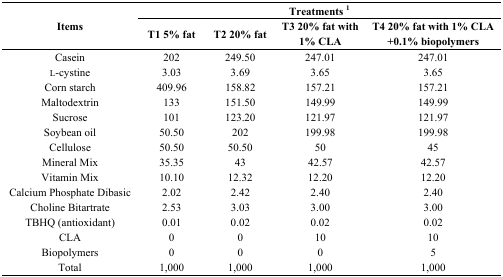
<table><thead><tr><td rowspan="3"><b>Items</b></td><td colspan="4"><b>Treatments 1</b></td></tr><tr><td><b>T1 5% fat</b></td><td><b>T2 20% fat</b></td><td><b>T3 20% fat with 1% CLA</b></td><td><b>T4 20% fat with 1% CLA +0.1% biopolymers</b></td></tr></thead><tbody><tr><td>Casein</td><td>202</td><td>249.50</td><td>247.01</td><td>247.01</td></tr><tr><td>l-cystine</td><td>3.03</td><td>3.69</td><td>3.65</td><td>3.65</td></tr><tr><td>Corn starch</td><td>409.96</td><td>158.82</td><td>157.21</td><td>157.21</td></tr><tr><td>Maltodextrin</td><td>133</td><td>151.50</td><td>149.99</td><td>149.99</td></tr><tr><td>Sucrose</td><td>101</td><td>123.20</td><td>121.97</td><td>121.97</td></tr><tr><td>Soybean oil</td><td>50.50</td><td>202</td><td>199.98</td><td>199.98</td></tr><tr><td>Cellulose</td><td>50.50</td><td>50.50</td><td>50</td><td>45</td></tr><tr><td>Mineral Mix</td><td>35.35</td><td>43</td><td>42.57</td><td>42.57</td></tr><tr><td>Vitamin Mix</td><td>10.10</td><td>12.32</td><td>12.20</td><td>12.20</td></tr><tr><td>Calcium Phosphate Dibasic</td><td>2.02</td><td>2.42</td><td>2.40</td><td>2.40</td></tr><tr><td>Choline Bitartrate</td><td>2.53</td><td>3.03</td><td>3.00</td><td>3.00</td></tr><tr><td>TBHQ (antioxidant)</td><td>0.01</td><td>0.02</td><td>0.02</td><td>0.02</td></tr><tr><td>CLA</td><td>0</td><td>0</td><td>10</td><td>10</td></tr><tr><td>Biopolymers</td><td>0</td><td>0</td><td>0</td><td>5</td></tr><tr><td>Total</td><td>1,000</td><td>1,000</td><td>1,000</td><td>1,000</td></tr></tbody></table>